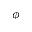
\phi